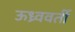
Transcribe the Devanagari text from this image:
ऊध्र्ववर्ती